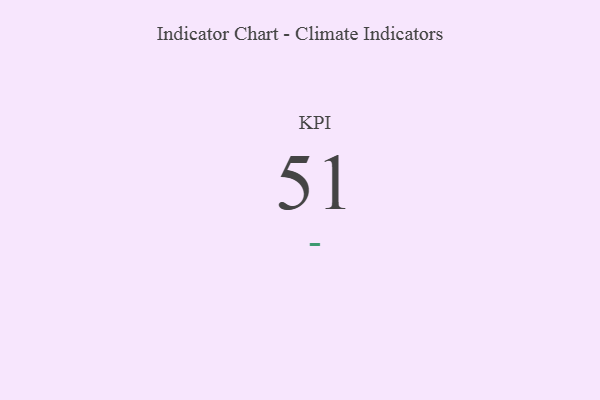
{"axis": {"x": "KPI", "y": "Value"}, "legend": [""], "data": [{"x": "KPI", "y": 51, "type": ""}]}